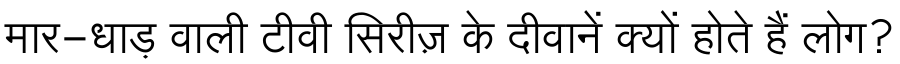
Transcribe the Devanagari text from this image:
मार-धाड़ वाली टीवी सिरीज़ के दीवानें क्यों होते हैं लोग?